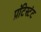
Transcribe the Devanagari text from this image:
प्रॉटेस्टंट